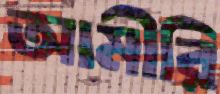
আমীরি